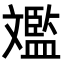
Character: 𣁥